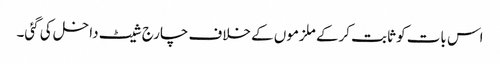
اس بات کو ثابت کرکے ملزموں کے خلاف چارج شیٹ داخل کی گئی۔